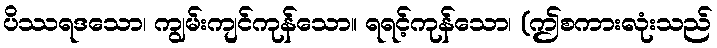
ပိဿရဒသော၊ ကျွမ်းကျင်ကုန်သော။ ရရင့်ကုန်သော၊ (ဤစကားလုံးသည်